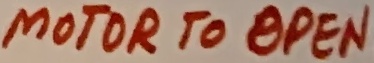
Text: MOTOR TO OPEN